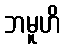
ဘမူဟိ